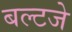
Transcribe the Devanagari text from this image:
बल्टजे